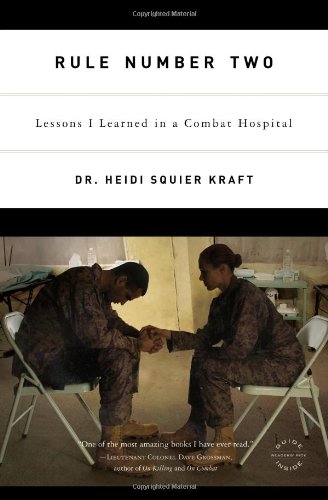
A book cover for Rule Number Two: Lessons I Learned in a Combat Hospital; Heidi Squier Kraft; Biographies & Memoirs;